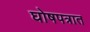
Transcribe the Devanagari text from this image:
घोषपत्रात